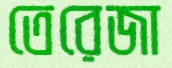
তেরেজা